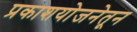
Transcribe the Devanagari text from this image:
प्रकाशयोजनेतून